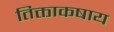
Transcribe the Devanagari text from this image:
तिक्ताकषाय